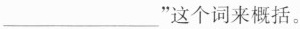
___”这个词来概括。